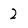
Character: 2